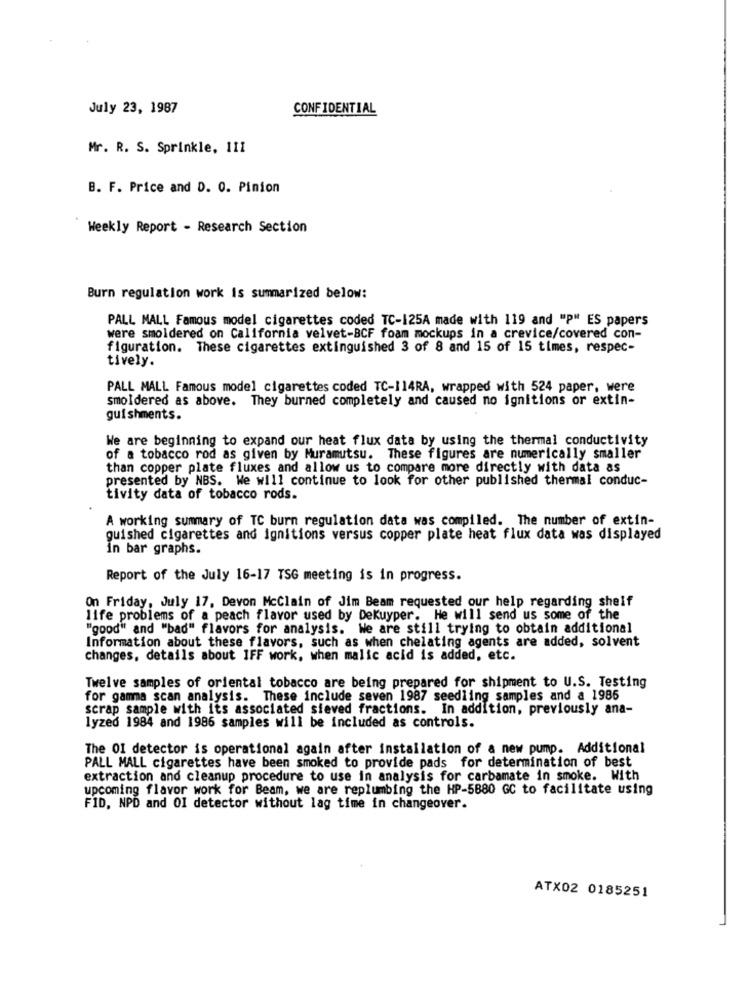
£
July 23, 1987
CONFIDENTIAL
Mr. R. S. Sprinkle, 111
B. F. Price and D. 0. Pinion
Weekly Report - Research Section
Burn regulation work is summarized below:
PALL MALL Famous model cigarettes coded TC-125A made with 119 and "P" ES papers
were smoldered on California velvet-BCF foam mockups in a crevice/covered con-
figuration. These cigarettes extinguished 3 of 8 and 15 of 15 times, respec-
tively.
PALL MALL Famous model cigarettes coded TC-114RA, wrapped with 524 paper, were
smoldered as above. They burned completely and caused no ignitions or extin-
guishments.
We are beginning to expand our heat flux data by using the thermal conductivity
of a tobacco rod as given by Muramutsu. These figures are numerically smaller
than copper plate fluxes and allow us to compare more directly with data as
presented by NBS. We will continue to look for other published thermal conduc-
tivity data of tobacco rods.
A working summary of TC burn regulation data was compiled. The number of extin-
guished cigarettes and ignitions versus copper plate heat flux data was displayed
in bar graphs.
Report of the July 16-17 TSG meeting is in progress.
On Friday, July 17, Devon McClain of Jim Beam requested our help regarding shelf
life problems of a peach flavor used by DeKuyper. He will send us some of the
"good" and "bad" flavors for analysis. We are still trying to obtain additional
Information about these flavors, such as when chelating agents are added, solvent
changes, details about IFF work, when malic acid is added, etc.
Twelve samples of oriental tobacco are being prepared for shipment to U.S. Testing
for gamma scan analysis. These include seven 1987 seedling samples and a 1985
scrap sample with its associated sieved fractions. In addition, previously ana-
lyzed 1984 and 1986 samples will be included as controls.
The 01 detector is operational again after installation of a new pump. Additional
PALL MALL cigarettes have been smoked to provide pads for determination of best
extraction and cleanup procedure to use in analysis for carbamate in smoke. With
upcoming flavor work for Beam, we are replumbing the HP-5880 GC to facilitate using
FID, NPD and OI detector without lag time in changeover.
ATX02 0185251